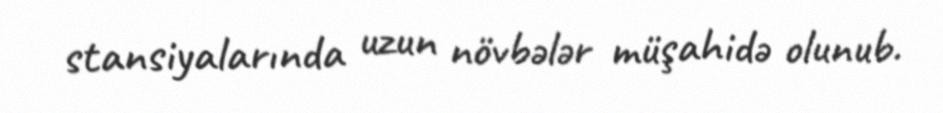
stansiyalarında uzun növbələr müşahidə olunub.